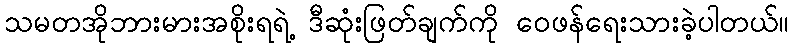
သမတအိုဘားမားအစိုးရရဲ့ ဒီဆုံးဖြတ်ချက်ကို ဝေဖန်ရေးသားခဲ့ပါတယ်။